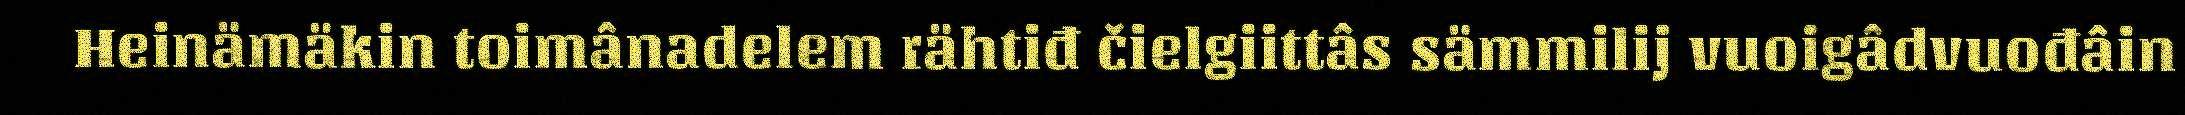
Heinämäkin toimânadelem rähtiđ čielgiittâs sämmilij vuoigâdvuođâin